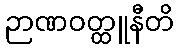
ဉာဏဝတ္ထူနီတိ